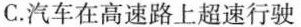
C.汽车在高速路上超速行驶